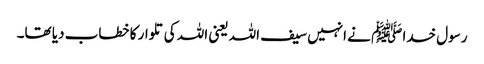
رسول خدا ﷺ نے انہیں سیف اللہ یعنی اللہ کی تلوار کا خطاب دیا تھا۔